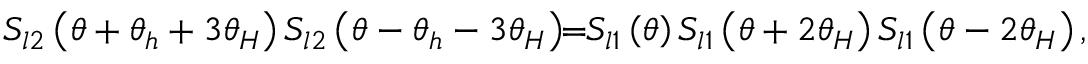
S _ { l 2 } \left( \theta + \theta _ { h } + 3 \theta _ { H } \right) S _ { l 2 } \left( \theta - \theta _ { h } - 3 \theta _ { H } \right) \! \! = \! \! S _ { l 1 } \left( \theta \right) S _ { l 1 } \left( \theta + 2 \theta _ { H } \right) S _ { l 1 } \left( \theta - 2 \theta _ { H } \right) ,